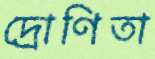
দ্রোণিতা